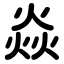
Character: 焱